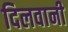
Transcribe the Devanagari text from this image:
दिलवानी